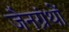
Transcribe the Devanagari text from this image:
जैनग्रंथों